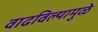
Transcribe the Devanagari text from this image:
वाढविल्यामुळे